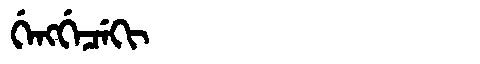
Manchu: ᡤᡝᠩᡤᡝᠴᡝᡴᡳ
Romanization: GENGGECEKI